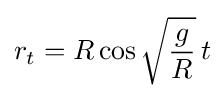
r_{t}=R\cos {\sqrt {\frac {g}{R}}}\,t